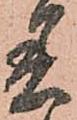
着